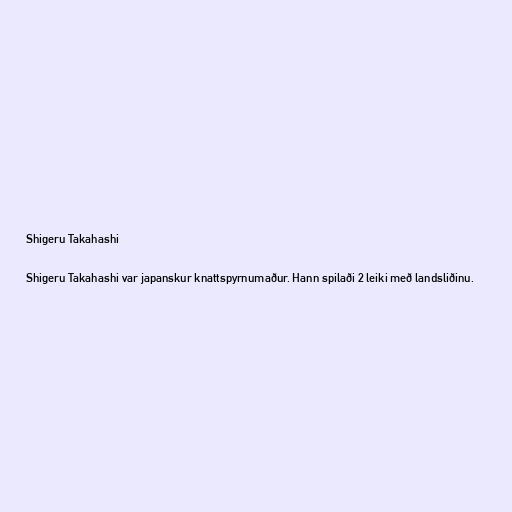
Shigeru Takahashi

Shigeru Takahashi var japanskur knattspyrnumaður. Hann spilaði 2 leiki með landsliðinu.